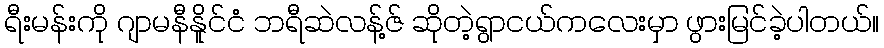
ရီးမန်းကို ဂျာမနီနိူင်ငံ ဘရီဆဲလန့်ဇ် ဆိုတဲ့ရွာငယ်ကလေးမှာ ဖွားမြင်ခဲ့ပါတယ်။